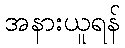
အနားယူရန်